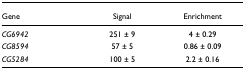
<table><thead><tr><td><b>Gene</b></td><td><b>Signal</b></td><td><b>Enrichment</b></td></tr></thead><tbody><tr><td><i>CG6942</i></td><td>251 ± 9</td><td>4 ± 0.29</td></tr><tr><td><i>CG8594</i></td><td>57 ± 5</td><td>0.86 ± 0.09</td></tr><tr><td><i>CG5284</i></td><td>100 ± 5</td><td>2.2 ± 0.16</td></tr></tbody></table>